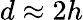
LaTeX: d\approx 2h